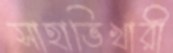
সাহাভিখারী